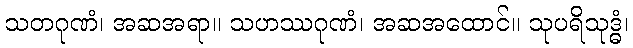
သတဂုဏံ၊ အဆအရာ။ သဟဿဂုဏံ၊ အဆအထောင်။ သုပရိသုဒ္ဓံ၊